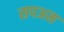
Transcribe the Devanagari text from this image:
सपअम